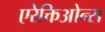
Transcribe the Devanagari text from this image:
एरेक्तिओन्स